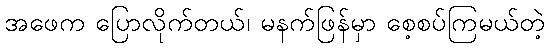
အဖေက ပြောလိုက်တယ်၊ မနက်ဖြန်မှာ စေ့စပ်ကြမယ်တဲ့